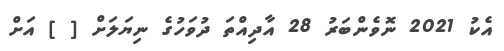
އެކު 2021 ނޮވެންބަރު 28 އާދިއްތަ ދުވަހުގެ ނިޔަލަށް [ ] އަށް